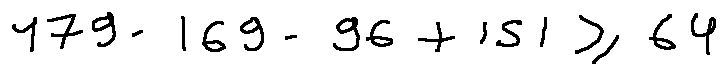
1 7 9 - 1 6 9 - 9 6 + 1 5 1 \geq 6 4